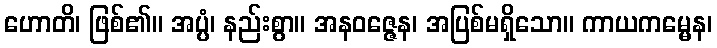
ဟောတိ၊ ဖြစ်၏။ အပ္ပံ၊ နည်းစွာ။ အနဝဇ္ဇေန၊ အပြစ်မရှိသော။ ကာယကမ္မေန၊